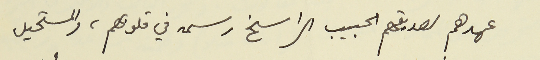
عهدهم لصديقهم الحبيب الراسخ رسمه في قلوبهم، والمستحيل